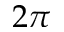
2 \pi